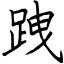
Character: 跩